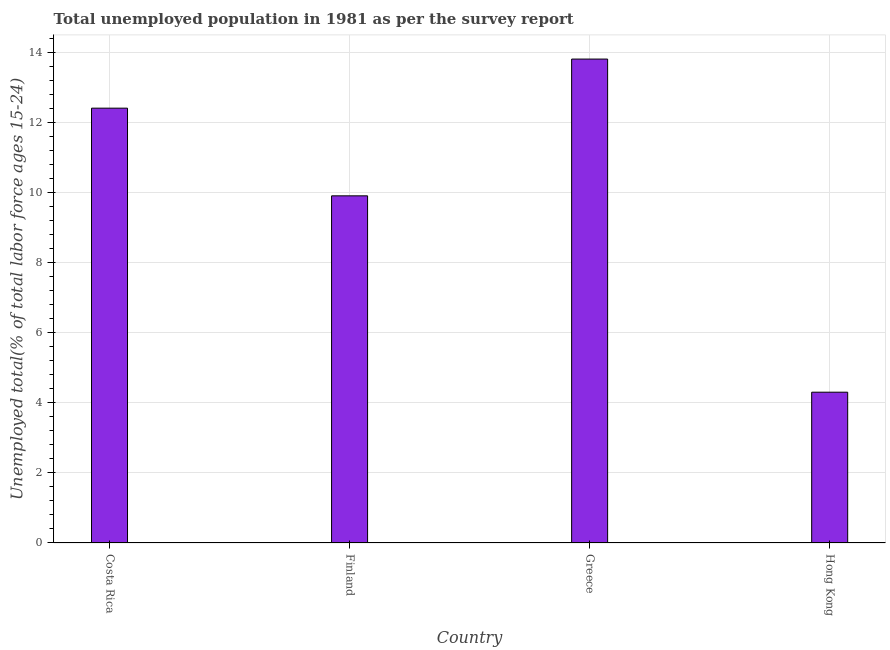
| Country | Unemployment youth total |
 | --- | --- |
 | Costa Rica | 12.4 |
 | Finland | 9.9 |
 | Greece | 13.8 |
 | Hong Kong | 4.3 |